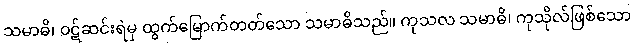
သမာဓိ၊ ဝဋ်ဆင်းရဲမှ ထွက်မြောက်တတ်သော သမာဓိသည်။ ကုသလ သမာဓိ၊ ကုသိုလ်ဖြစ်သော